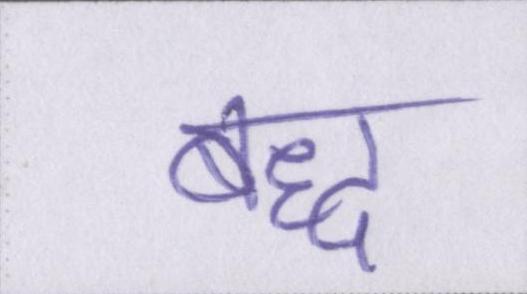
बद्ध